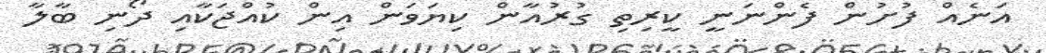
އަނެއް ފުށުން ފެންނަނީ ކީރިތި ގުރުއާން ކިޔަވަން އިން ކުއްޖަކާއި ދޯނި ބާލާ